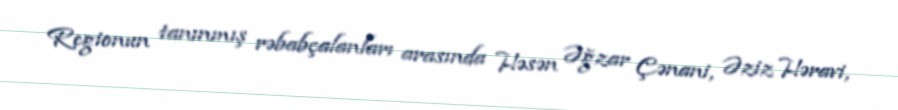
Regionun tanınmış rəbabçalanları arasında Həsən Əğzar Çənani, Əziz Həravi,